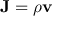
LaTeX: \mathbf { J } = \rho \mathbf { v }